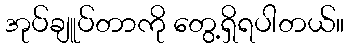
အုပ်ချူပ်တာကို တွေ့ရှိရပါတယ်။